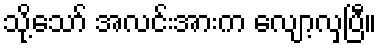
သို့သော် အလင်းအားက လျော့လှပြီ။